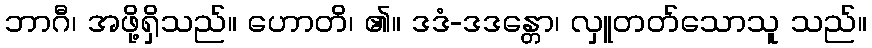
ဘာဂီ၊ အဖို့ရှိသည်။ ဟောတိ၊ ၏။ ဒဒံ-ဒဒန္တော၊ လှူတတ်သောသူ သည်။